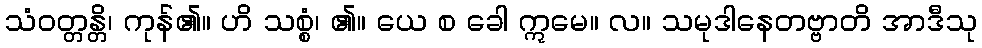
သံဝတ္တန္တိ၊ ကုန်၏။ ဟိ သစ္စံ၊ ၏။ ယေ စ ခေါ ဣမေ။ လ။ သမုဒါနေတဗ္ဗာတိ အာဒီသု